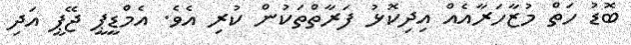
ބޮޑު ހަތް މުޒާހަރާއެއް އިދިކޮޅު ފަރާތްތަކުން ކުރި އެވެ. އެމްޑީޕީ ޖޭޕީ އަދި